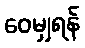
ဝေမျှရန်